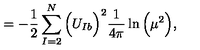
= - \frac { 1 } { 2 } \sum _ { I = 2 } ^ { N } \Big ( U _ { I b } \Big ) ^ { 2 } \frac { 1 } { 4 \pi } \ln \Big ( \mu ^ { 2 } \Big ) ,